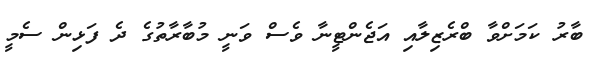
ބާރު ކަމަށްވާ ބްރެޒިލާއި އަޖެންޓީނާ ވެސް ވަނީ މުބާރާތުގެ ދެ ފަޅިން ސެމީ